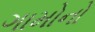
ગામોનો